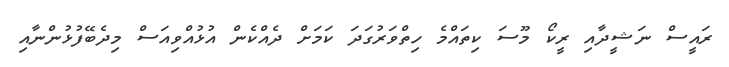
ރައީސް ނަޝީދާއި ރީކޯ މޫސަ ކިތައްމެ ހިތްވަރުގަދަ ކަމަށް ދެއްކެން އުޅުއްވިއަސް މިދެބޭފުޅުންނާއި